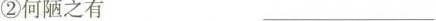
②何陋之有 ___